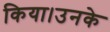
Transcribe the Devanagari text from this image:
किया।उनके